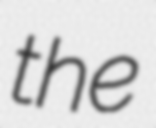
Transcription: the